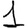
Digit: 1